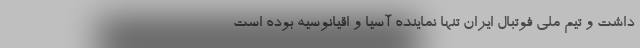
داشت و تیم ملی فوتبال ایران تنها نماینده آسیا و اقیانوسیه بوده است